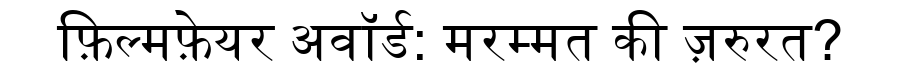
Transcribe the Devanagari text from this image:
फ़िल्मफ़ेयर अवॉर्ड: मरम्मत की ज़रुरत?